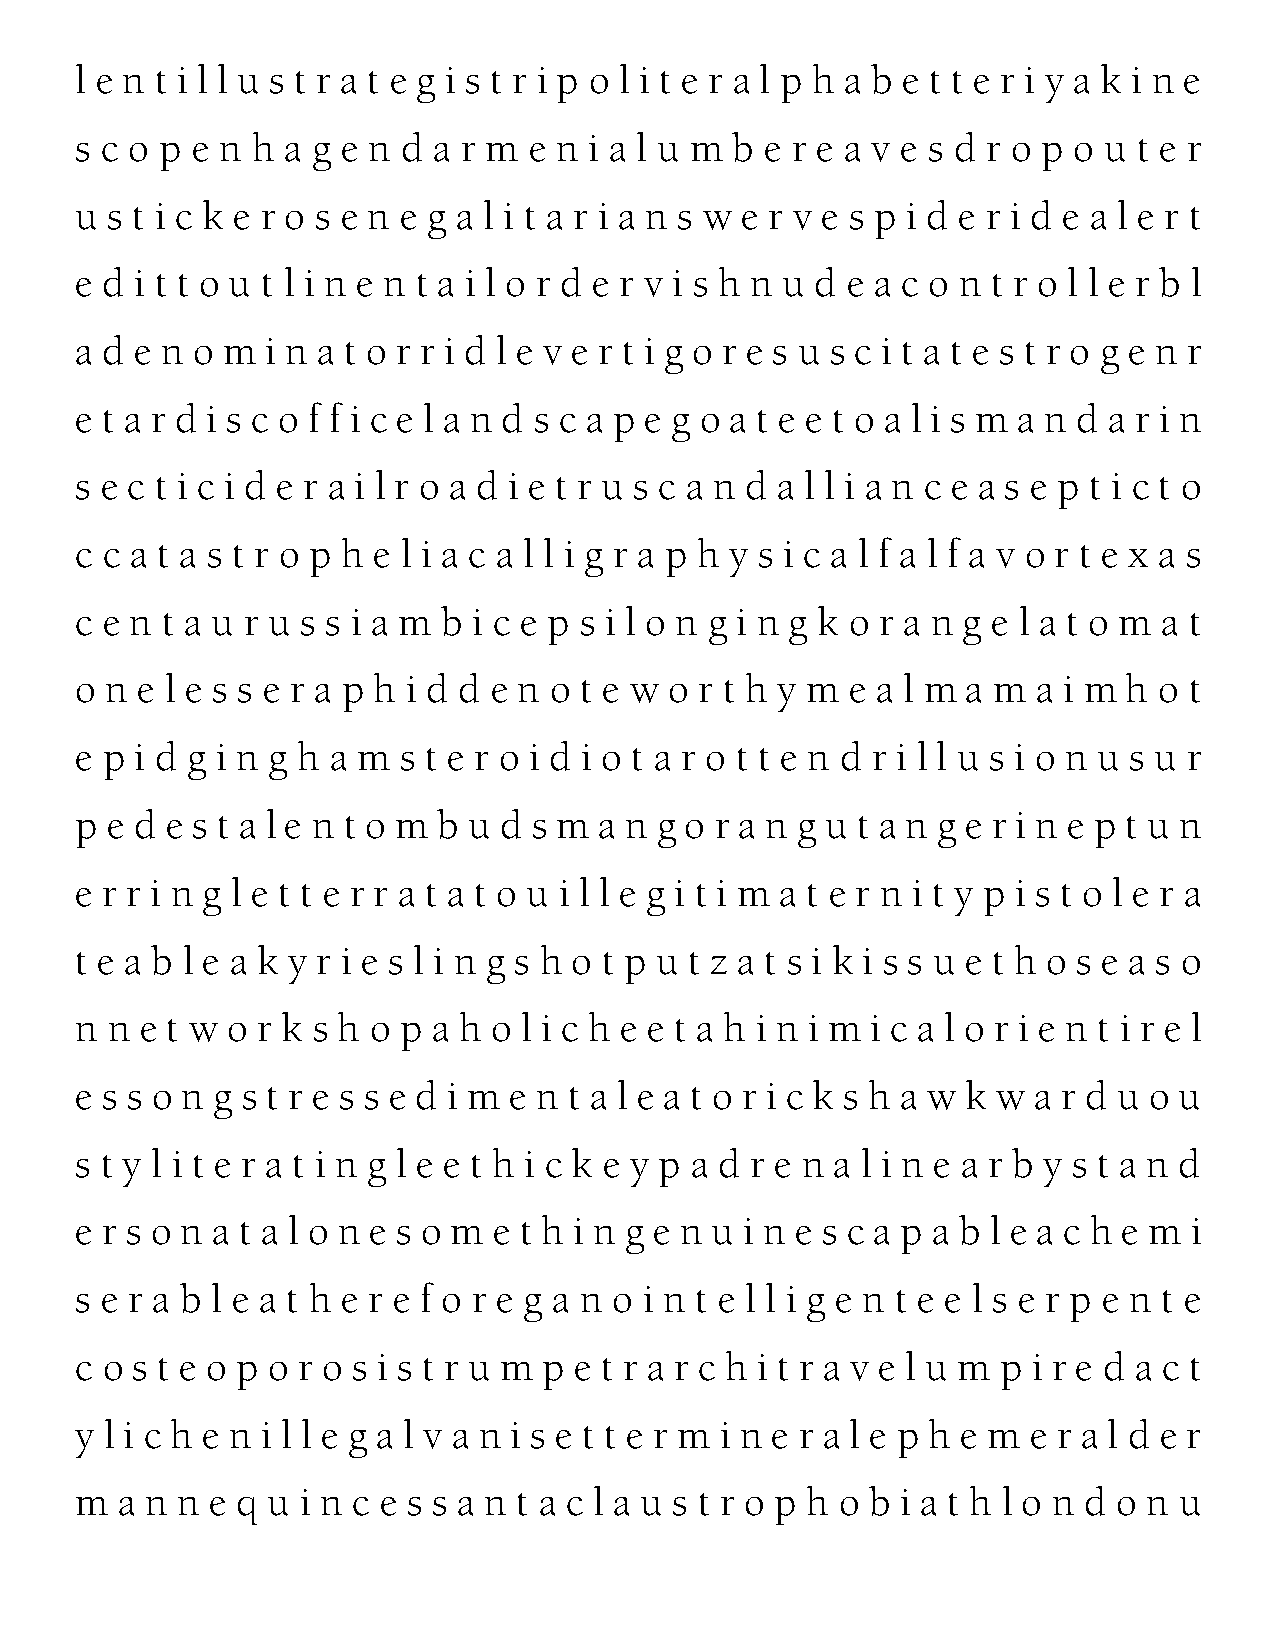
l e n t i l l u s t r a t e g i s t r i p o l i t e r a l p h a b e t t e r i y a k i n e
 s c o p e n h a g e n d a r m e n i a l u m b e r e a v e s d r o p o u t e r
 u s t i c k e r o s e n e g a l i t a r i a n s w e r v e s p i d e r i d e a l e r t
 e d i t t o u t l i n e n t a i l o r d e r v i s h n u d e a c o n t r o l l e r b l
 a d e n o m  i n a t o r r i d l e v e r t i g o r e s u s c i t a t e s t r o g e n r
 e t a r d i s c o f f i c e l a n d s c a p e g o a t e e t o a l i s m a n d a r i n
 s e c t i c i d e r a i l r o a d i e t r u s c a n d a l l i a n c e a s e p t i c t o
 c c a t a s t r o p h e l i a c a l l i g r a p h y s i c a l f a l f a v o r t e x a s
 c e n t a u r u s s i a m b i c e p s i l o n g i n g k o r a n g e l a t o m a t
 o n e l e s s e r a p h i d d e n o t e w o r t h y m e a l m a m a i m h o t
 e p i d g i n g h a m s t e r o i d i o t a r o t t e n d r i l l u s i o n u s u r
 p e d e s t a l e n t o m b u d s m a n g o r a n g u t a n g e r i n e p t u n
 e r r i n g l e t t e r r a t a t o u i l l e g i t i m a t e r n i t y p i s t o l e r a
 t e a b l e a k y r i e s l i n g s h o t p u t z a t s i k i s s u e t h o s e a s o
 n n e t w o r k s h o p a h o l i c h e e t a h i n i m i c a l o r i e n t i r e l
 e s s o n g s t r e s s e d i m e n t a l e a t o r i c k s h a w k w a r d u o u
 s t y l i t e r a t i n g l e e t h i c k e y p a d r e n a l i n e a r b y s t a n d
 e r s o n a t a l o n e s o m e t h i n g e n u i n e s c a p a b l e a c h e m i
 s e r a b l e a t h e r e f o r e g a n o i n t e l l i g e n t e e l s e r p e n t e
 c o s t e o p o r o s i s t r u m p e t r a r c h i t r a v e l u m p i r e d a c t
 y l i c h e n i l l e g a l v a n i s e t t e r m i n e r a l e p h e m e r a l d e r
 m  a n n e q u i n c e s s a n t a c l a u s t r o p h o b i a t h l o n d o n u